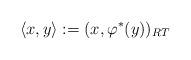
LaTeX: \begin{align*}\langle x , y \rangle := ( x, \varphi^*(y))_{RT} \end{align*}